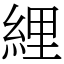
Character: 䋥